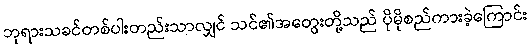
ဘုရားသခင်တစ်ပါးတည်းသာလျှင် သင်၏အတွေးတို့သည် ပိုမိုစည်ကားခဲ့ကြောင်း